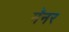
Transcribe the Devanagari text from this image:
मॅनर